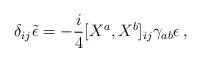
LaTeX: \begin{align*} \delta_{ij}\tilde\epsilon = - {i\over 4}\lbrack X^a,X^b\rbrack_{ij}\gamma_{ab}\epsilon \,,\end{align*}